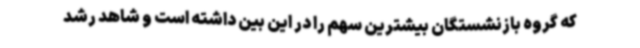
که گروه بازنشستگان بیشترین سهم را در این بین داشته است و شاهد رشد